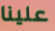
علينا